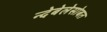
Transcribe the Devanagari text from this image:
न्देबेलेसोबत